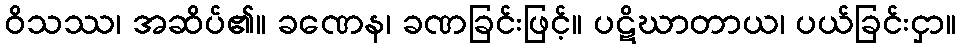
ဝိသဿ၊ အဆိပ်၏။ ခဏေန၊ ခဏခြင်းဖြင့်။ ပဋိဃာတာယ၊ ပယ်ခြင်းငှာ။